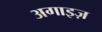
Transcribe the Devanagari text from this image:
अगाइज़